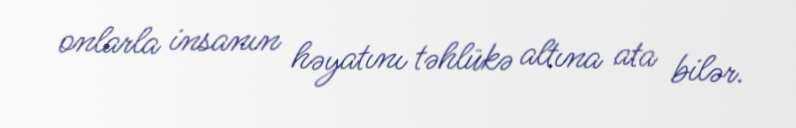
onlarla insanın həyatını təhlükə altına ata bilər.